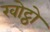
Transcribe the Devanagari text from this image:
खोट्ठो